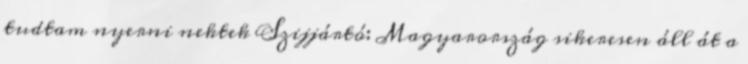
tudtam nyerni nektek Szijjártó: Magyarország sikeresen áll át a